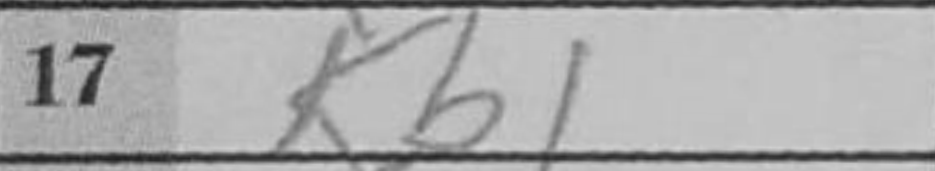
Transcription: Kb1